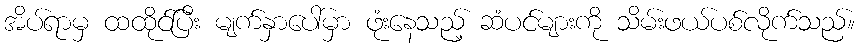
အိပ်ရာမှ ထထိုင်ပြီး မျက်နှာပေါ်မှာ ဖုံးနေသည့် ဆံပင်များကို သိမ်းဖယ်ပစ်လိုက်သည်။